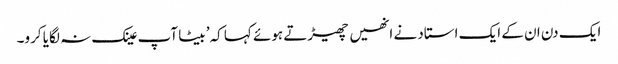
ایک دن ان کے ایک استاد نے انھیں چھیڑتے ہوئے کہا کہ’ بیٹا آپ عینک نہ لگایا کرو۔